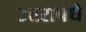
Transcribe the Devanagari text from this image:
उत्तरापंथे